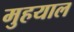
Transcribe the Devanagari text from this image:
मुहयाल